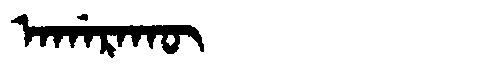
Manchu: ᠠᡤᠠᡵᠠᡴᡡ
Romanization: AGARAKŪ